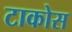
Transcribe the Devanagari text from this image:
टाकोस